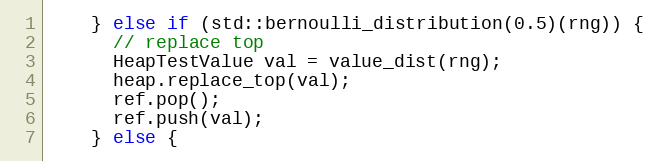
Language: C++
    } else if (std::bernoulli_distribution(0.5)(rng)) {
      // replace top
      HeapTestValue val = value_dist(rng);
      heap.replace_top(val);
      ref.pop();
      ref.push(val);
    } else {